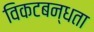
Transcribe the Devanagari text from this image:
विकटबन्धता